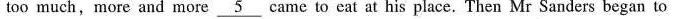
too much, more and more \underline{5} came to eat at his place. Then Mr Sanders began to